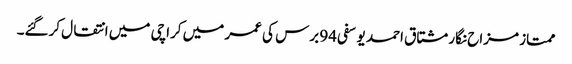
ممتاز مزاح نگار مشتاق احمد یوسفی 94 برس کی عمر میں کراچی میں انتقال کرگئے۔